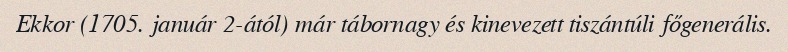
Ekkor (1705. január 2-ától) már tábornagy és kinevezett tiszántúli főgenerális.